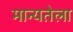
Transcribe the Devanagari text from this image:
मान्यतेला